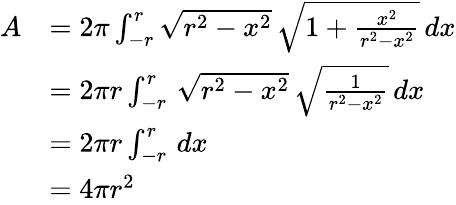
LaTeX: {\begin{array}{rl}{A}&{=2\pi\int_{-r}^{r}{\sqrt{r^{2}-x^{2}}}\, {\sqrt{1+{\frac{x^{2}}{r^{2}-x^{2}}}}}\, dx}\\ &{=2\pi r\int_{-r}^{r}\, {\sqrt{r^{2}-x^{2}}}\, {\sqrt{\frac{1}{r^{2}-x^{2}}}}\, dx}\\ &{=2\pi r\int_{-r}^{r}\, dx}\\ &{=4\pi r^{2}\, }\end{array}}